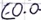
Text: E0.0